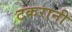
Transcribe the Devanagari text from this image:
टकरानी